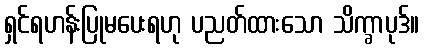
ရှင်ရဟန်းပြုမပေးရဟု ပညတ်ထားသော သိက္ခာပုဒ်။